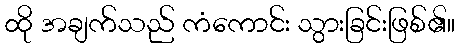
ထို အချက်သည် ကံကောင်း သွားခြင်းဖြစ်၏။